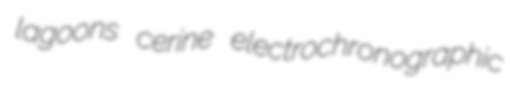
lagoons cerine electrochronographic